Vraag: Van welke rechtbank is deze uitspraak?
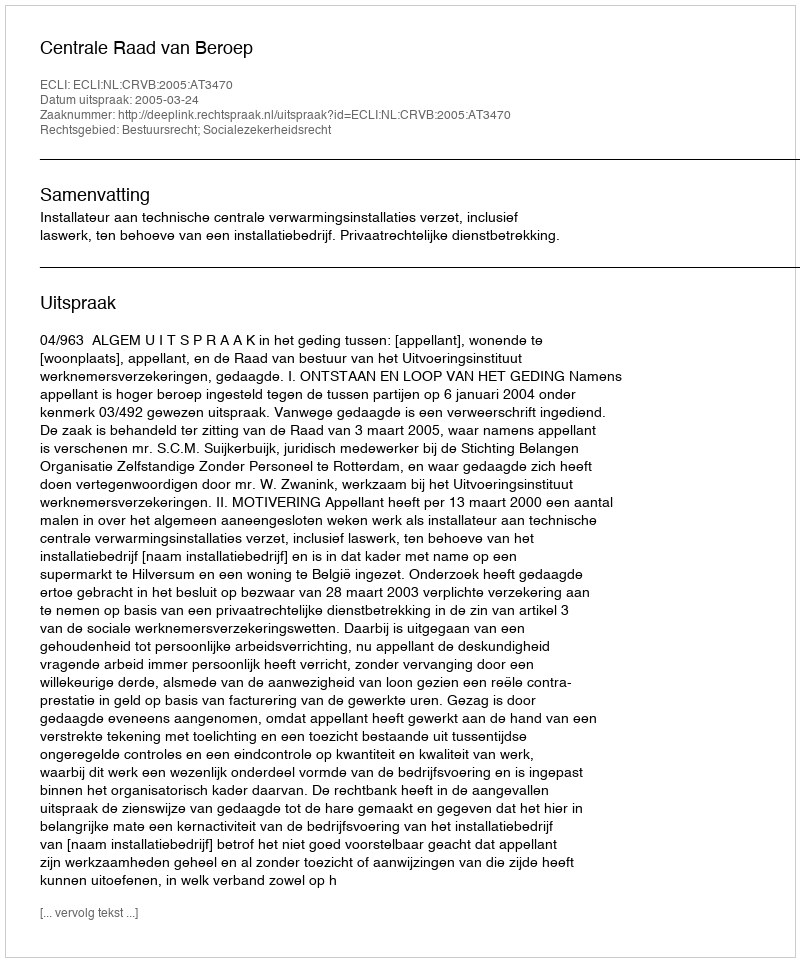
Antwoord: Centrale Raad van Beroep